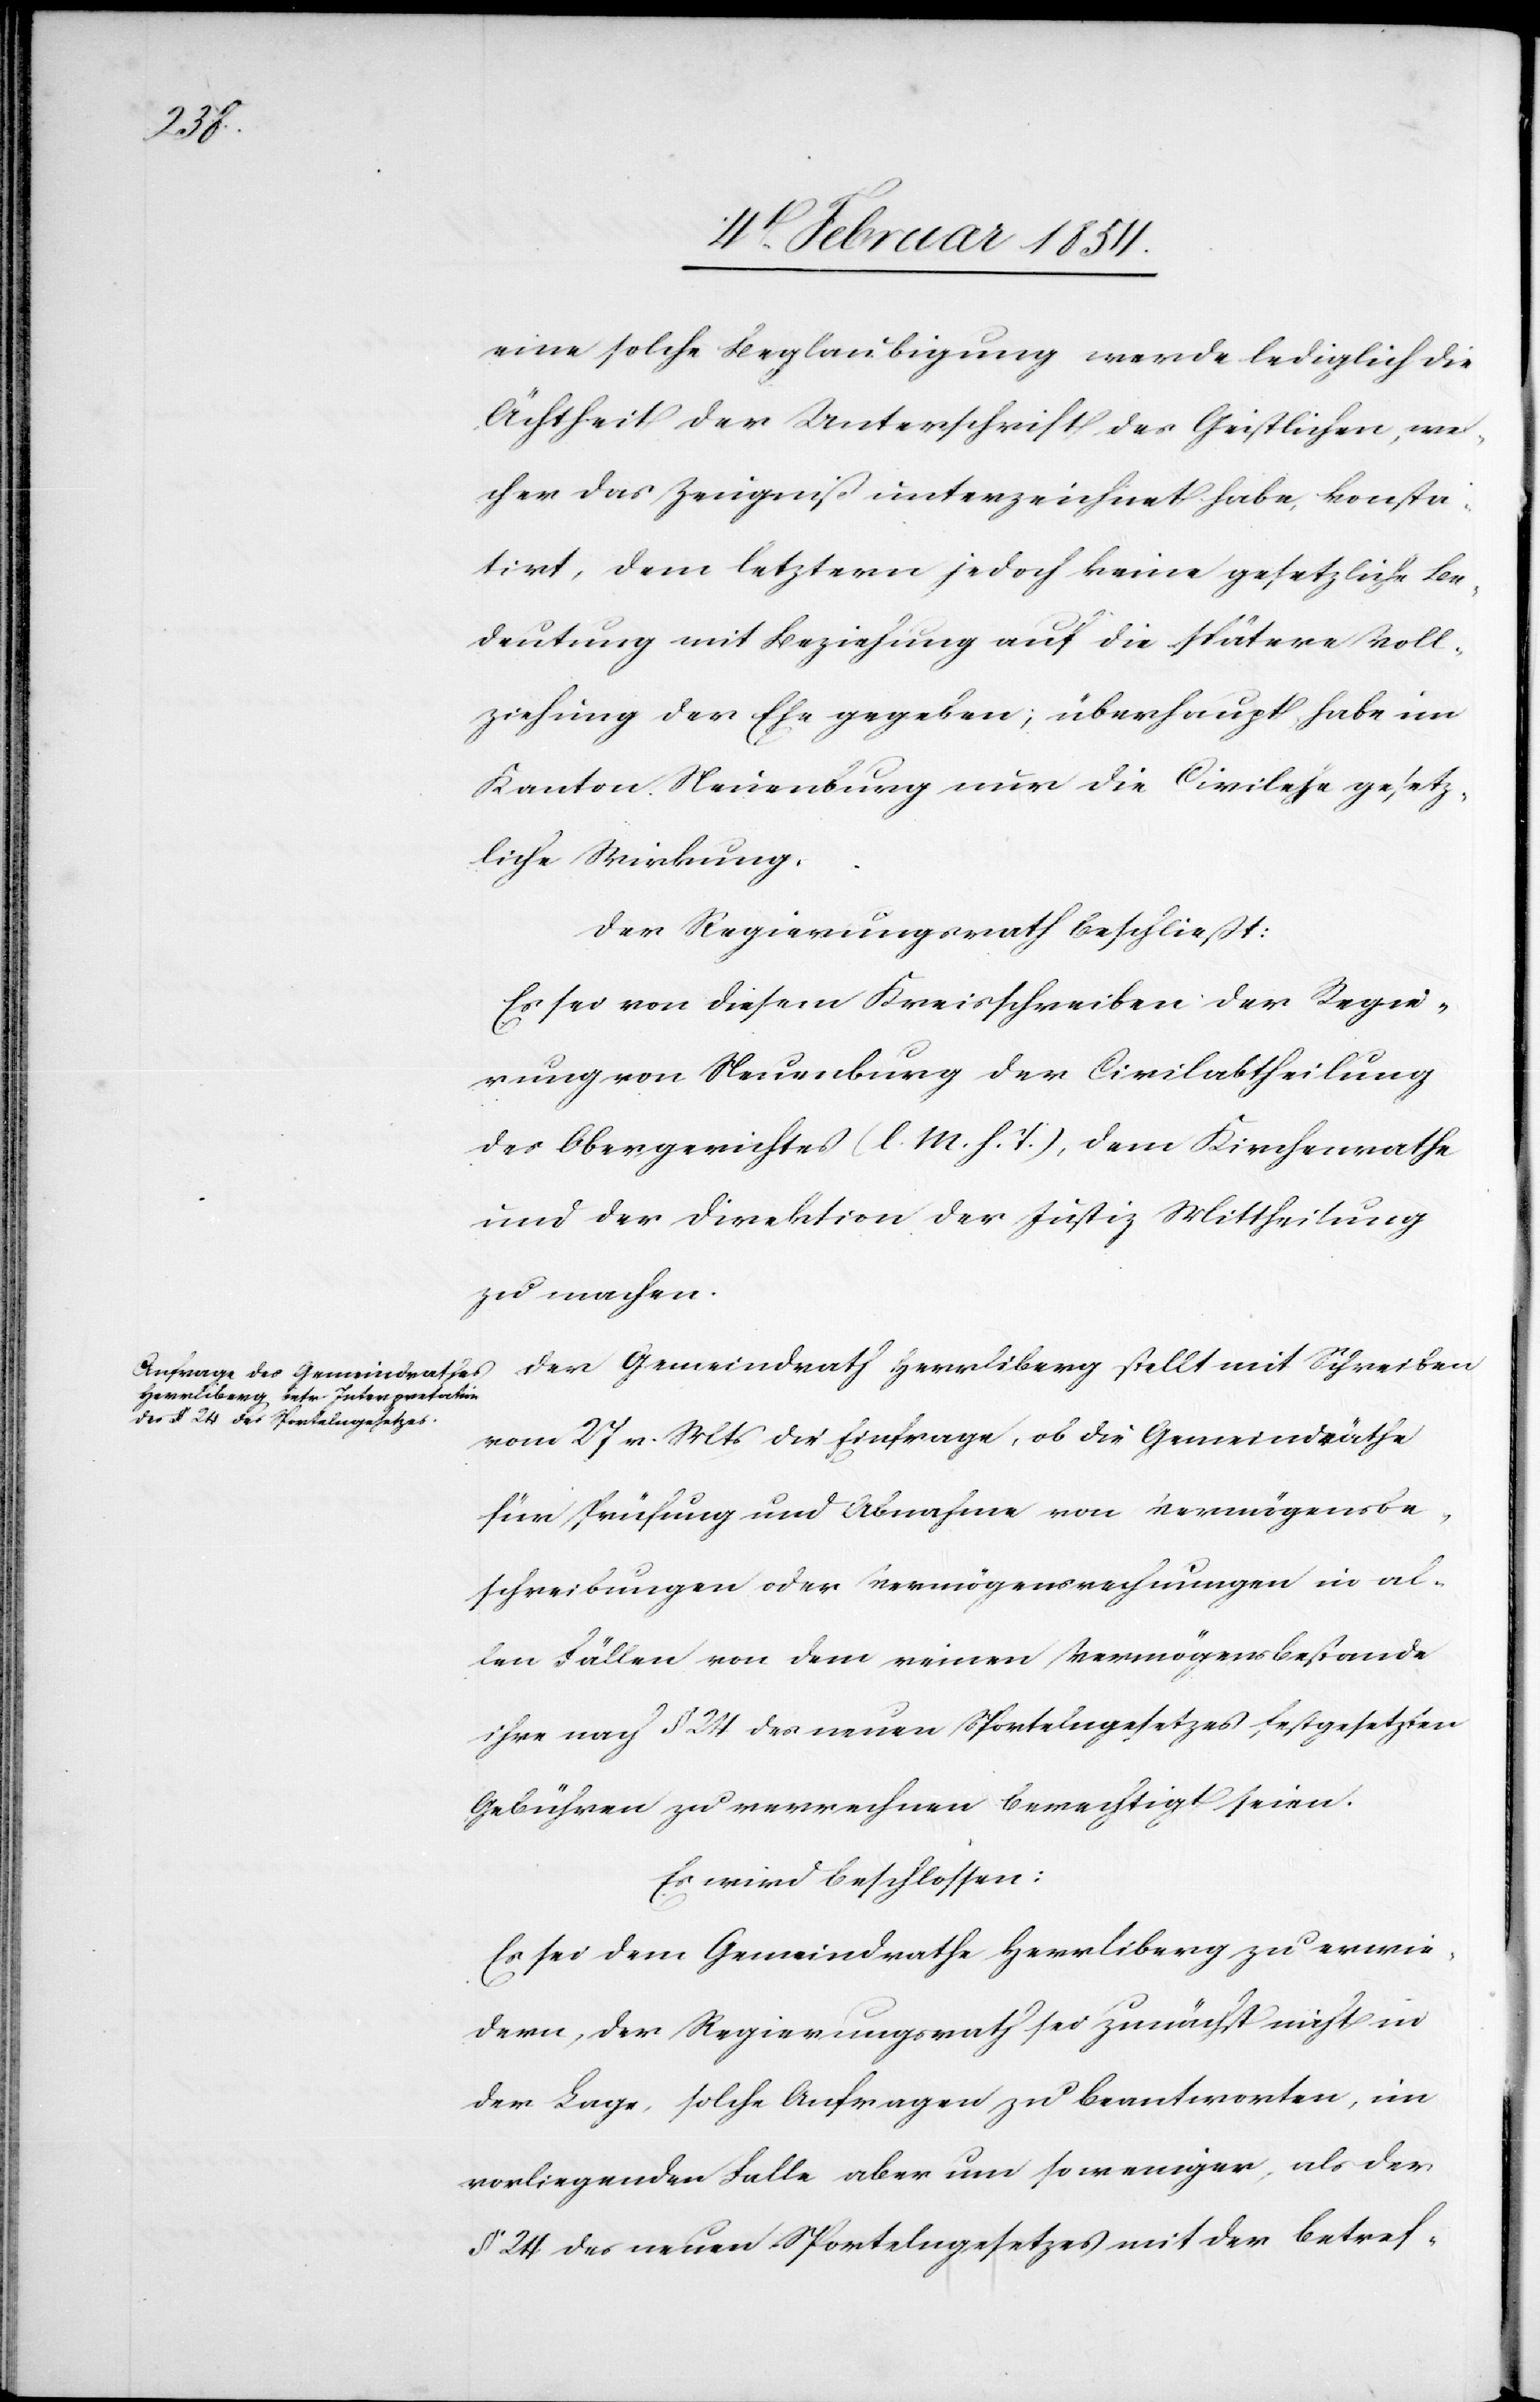
eine solche Beglaubigung werde lediglich die
Ächtheit der Unterschrift des Geistlichen, wel¬
cher das Zeugniß unterzeichnet habe, konsta¬
tirt, dem letztern jedoch keine gesetzliche Be¬
deutung mit Beziehung auf die spätere Voll¬
ziehung der Ehe gegeben; überhaupt habe im
Kanton Neuenburg nur die Civilehe gesetz¬
liche Wirkung.
Der Regierungsrath beschließt:
Es sei von diesem Kreisschreiben der Regie¬
rung von Neuenburg der Civilabtheilung
des Obergerichtes (l. M. h. T.), dem Kirchenrathe
und der Direktion der Justiz Mittheilung
zu machen.
Der Gemeindrath Herrliberg stellt mit Schreiben
vom 27 v. Mts die Einfrage, ob die Gemeindräthe
für Prüfung und Abnahme von Vermögensbe¬
schreibungen oder Vermögensrechnungen in al¬
len Fällen von dem reinen Vermögensbestande
ihre nach § 24 des neuen Sportelngesetzes festgesetzten
Gebühren zu verrechnen berechtigt seien.
Es wird beschlossen:
Es sei dem Gemeindrathe Herrliberg zu erwie¬
dern, der Regierungsrath sei zunächst nicht in
der Lage, solche Anfragen zu beantworten, im
vorliegenden Falle aber um so weniger, als der
§ 24 des neuen Sportelngesetzes mit der betref-